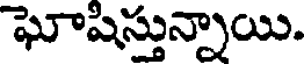
ఘోషిస్తున్నాయి.